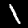
Label: 1